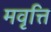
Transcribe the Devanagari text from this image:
मवृत्ति